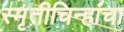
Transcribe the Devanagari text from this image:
स्मृतीचिन्हांचा